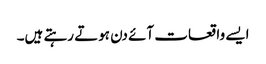
ایسے واقعات آئے دن ہوتے رہتے ہیں۔